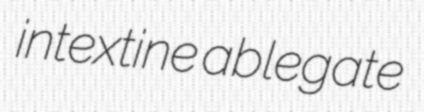
intextine ablegate